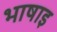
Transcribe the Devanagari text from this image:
भाषाइ